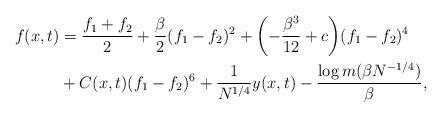
LaTeX: \begin{align*}f(x,t) &= \frac{f_1+f_2}{2} + \frac{\beta}{2}(f_1-f_2)^2 + \biggl(-\frac{\beta^3}{12}+c\biggr)(f_1-f_2)^4 \\& + C(x,t)(f_1-f_2)^6 + \frac{1}{N^{1/4}} y(x,t) - \frac{\log m(\beta N^{-1/4})}{\beta}, \end{align*}